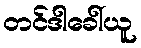
တင်ဒါခေါ်ယူ